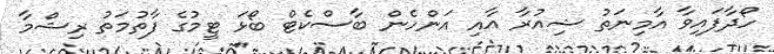
ހޯދާފައިވާ އާމިނަތު ޝިއުރާ އާއި އަންހެން ބާސްކެޓް ބޯޅަ ޓީމުގެ ފާތުމަތު ރިޝްމާ